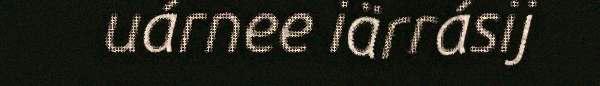
uárnee iärrásij